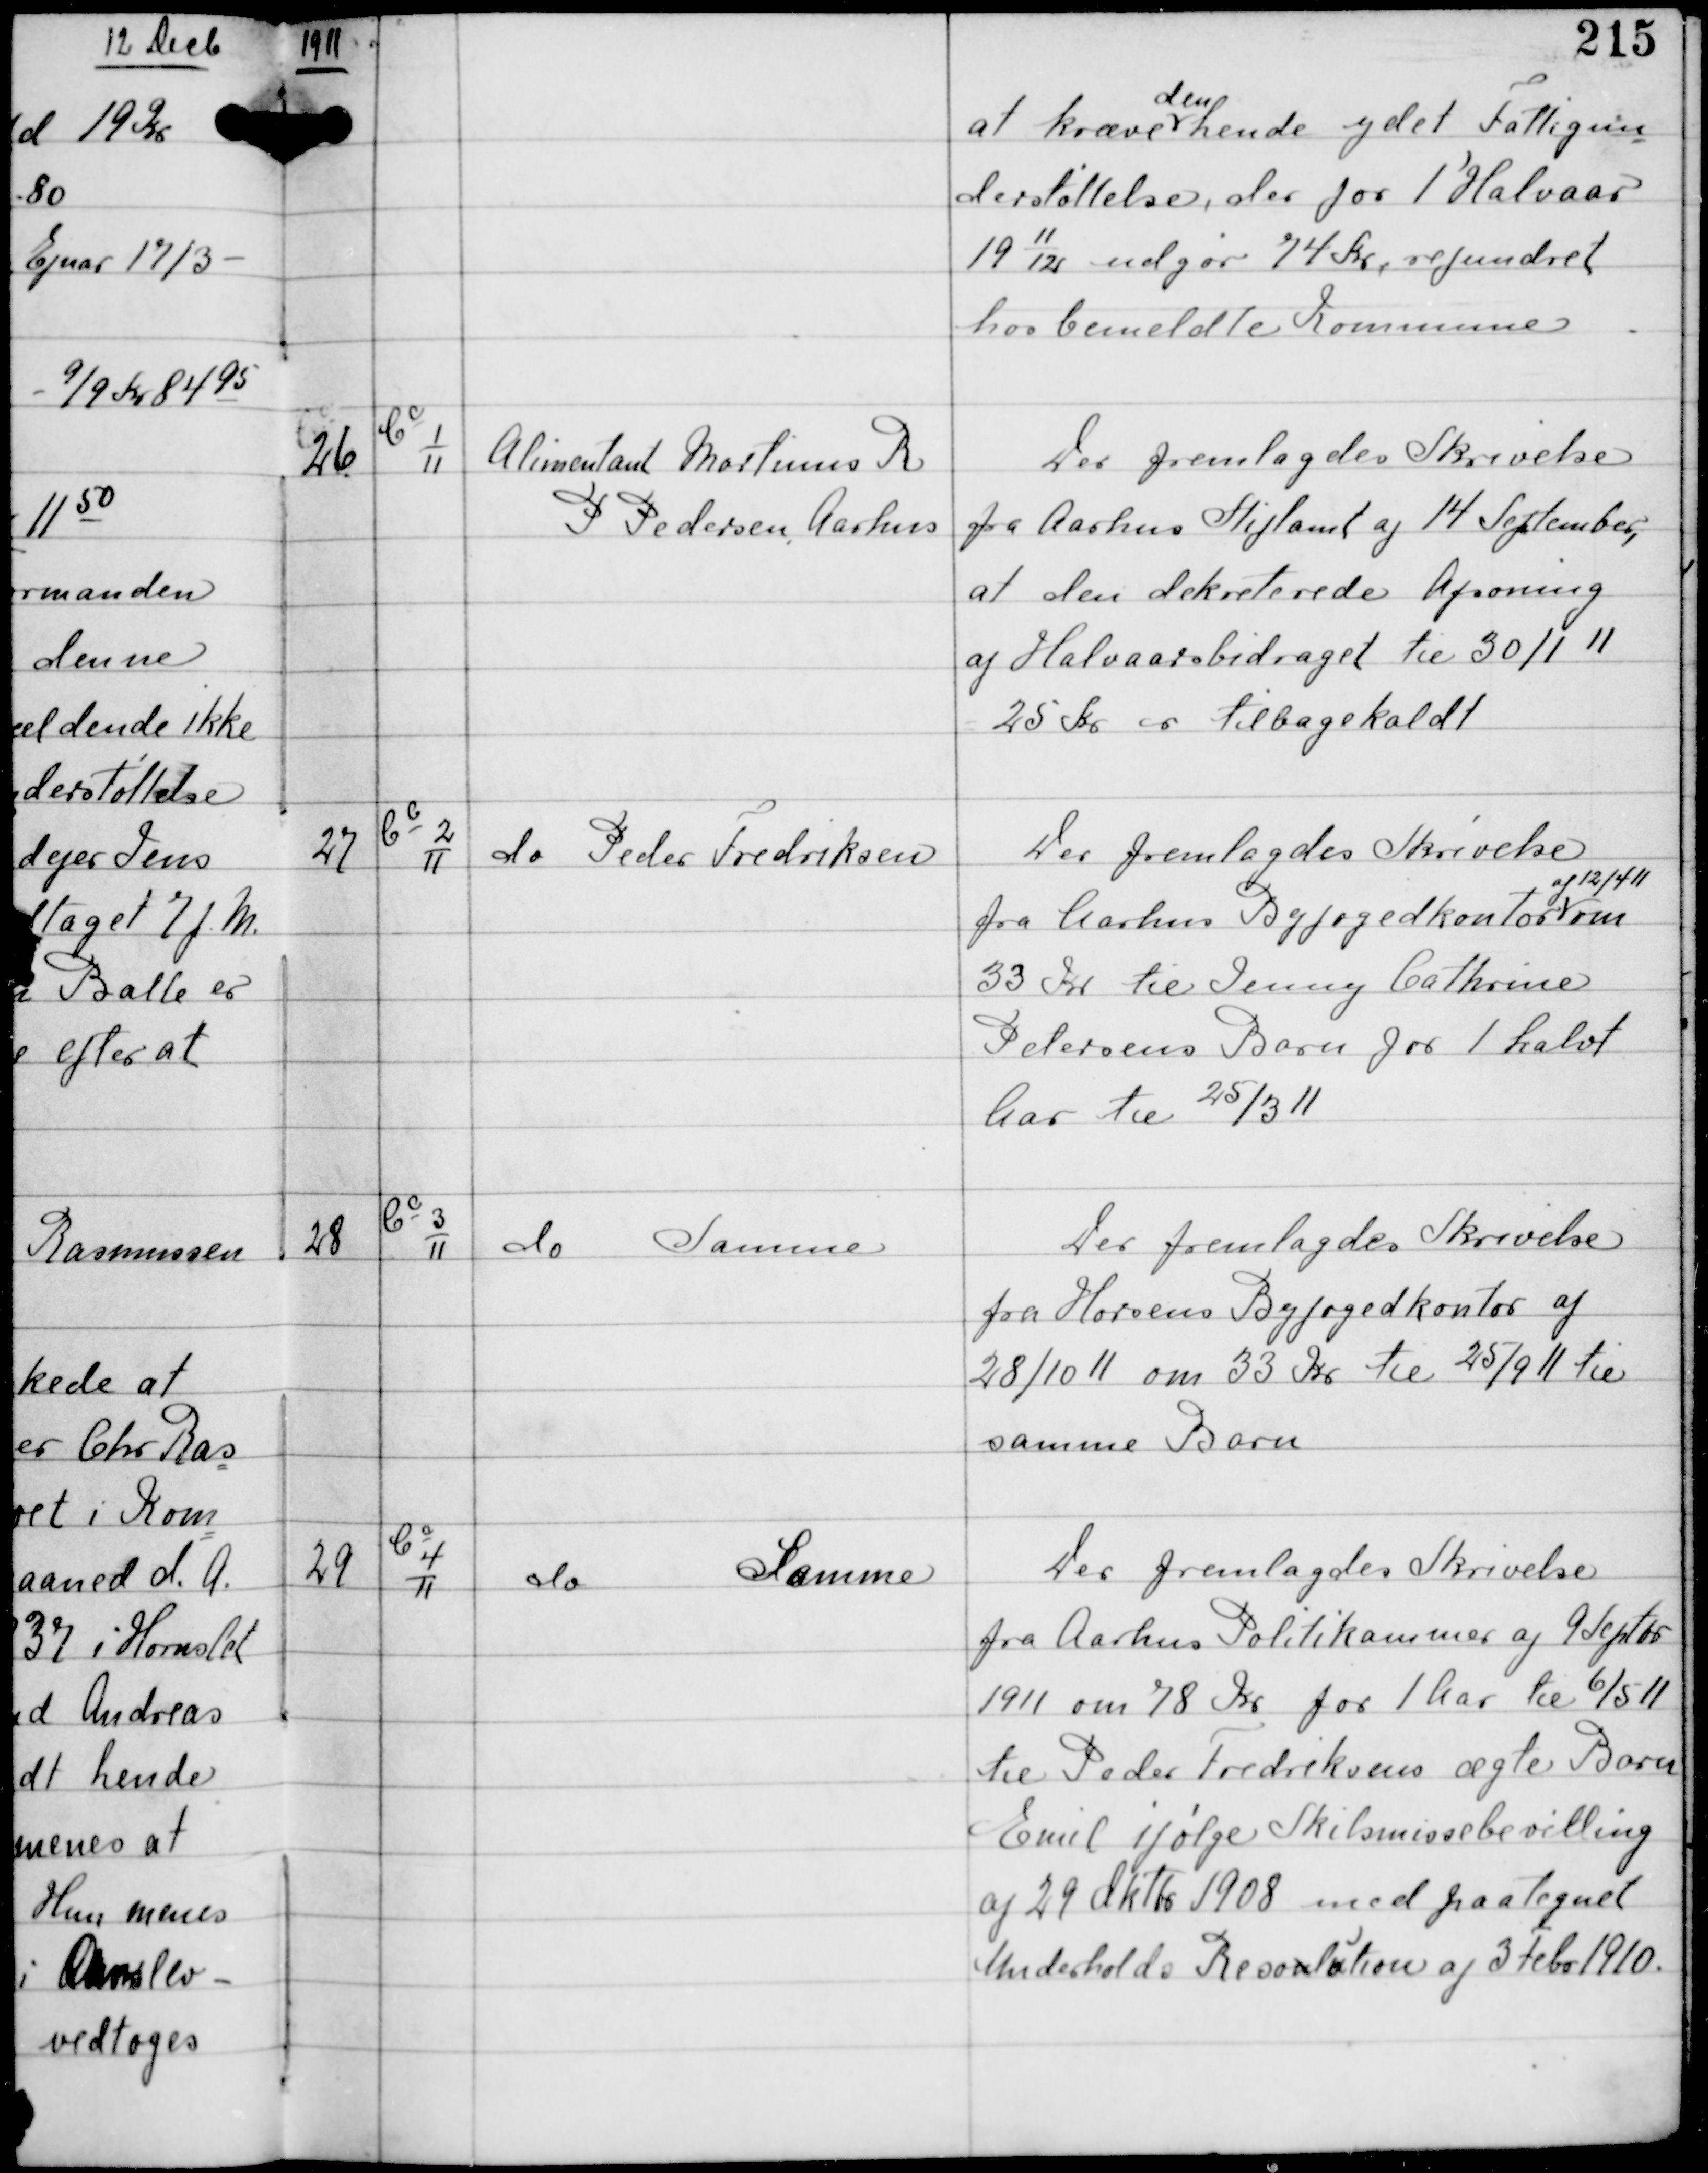
Transskription:
1911

at kræve
den
hende ydet Fattigun
derstøttelse, der for 1' Halvaar
19
11
12
udgør 74 Kr, refunderet
hos bemeldte Kommune

26

Cc
1
11

Alimentant Martinus R
P Pedersen, Aarhus

Der fremlagdes Skrivelse
fra Aarhus Stiftamt af 14 September,
at den dekreterede Afsoning
af Halvaarsbidraget til 30/1 11
25 Kr er tilbagekaldt

27

Cc
2
11

do Peder Frederiksen

Der fremlagdes Skrivelse
fra Aarhus Byfogedkontor
af 12/4 11
om
33 Kr til Jenny Cathrine
Pedersens Barn for 1 Halvt
Aar til 25/3 11

28

Cc
3
11

do Samme

Der fremlagdes Skrivelse
fra Horsens Byfogedkontor af
28/10 11 om 33 Kr til 25/9 11 til
samme Barn

29

Cc
4
11

do
Samme

Der fremlagdes Skrivelse
fra Aarhus Politikammer af 9 Septbr
1911 om 78 Kr for 1 Aar til 6/5 11
til Peder Frederiksens ægte Barn
Emil ifølge Skilsmissebevilling
af 29 Oktbr 1908 med paategnet
Underholds Resolution af 3 Febr 1910.